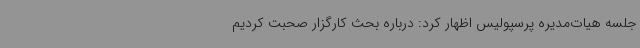
جلسه هیات‌مدیره پرسپولیس اظهار کرد: درباره بحث کارگزار صحبت کردیم